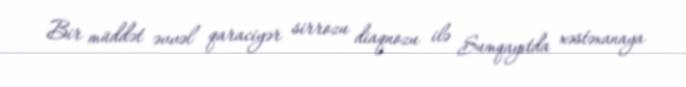
Bir müddət əvvəl qaraciyər sirrozu diaqnozu ilə Sumqayıtda xəstəxanaya